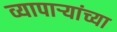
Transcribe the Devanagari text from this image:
व्यापार्‍यांच्या